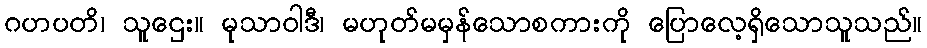
ဂဟပတိ၊ သူဌေး။ မုသာဝါဒီ၊ မဟုတ်မမှန်သောစကားကို ပြောလေ့ရှိသောသူသည်။